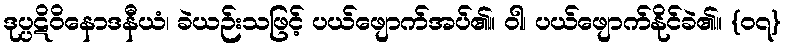
ဒုပ္ပဋိဝိနောဒနီယံ၊ ခဲယဉ်းသဖြင့် ပယ်ဖျောက်အပ်၏။ ဝါ၊ ပယ်ဖျောက်နိုင်ခဲ၏။ {၀၇}